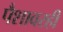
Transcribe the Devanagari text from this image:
पैशावरही